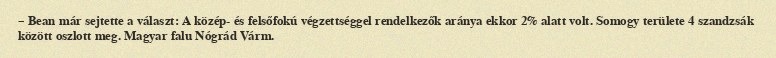
– Bean már sejtette a választ: A közép- és felsőfokú végzettséggel rendelkezők aránya ekkor 2% alatt volt. Somogy területe 4 szandzsák között oszlott meg. Magyar falu Nógrád Várm.